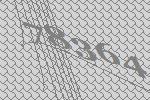
78364